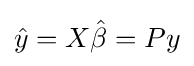
{\hat {y}}=X{\hat {\beta }}=Py